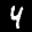
Label: 4